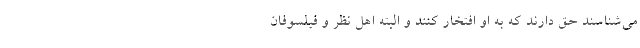
می‌شناسند حق دارند که به او افتخار کنند و البته اهل نظر و فیلسوفان